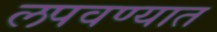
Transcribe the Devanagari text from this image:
लपवण्यात